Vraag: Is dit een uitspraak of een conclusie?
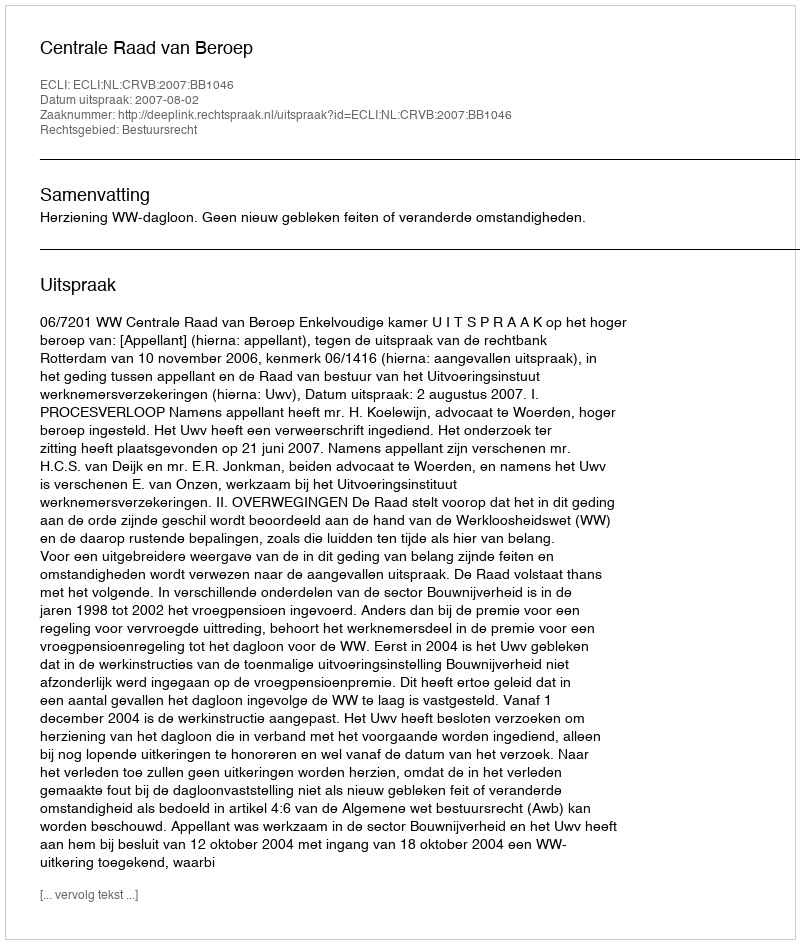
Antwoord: Uitspraak